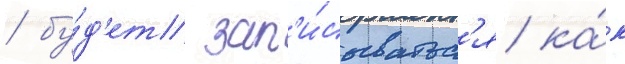
/ бу́д'ет зап'и́сыватьс'я ка́к